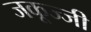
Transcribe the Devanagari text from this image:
जकूज्जी